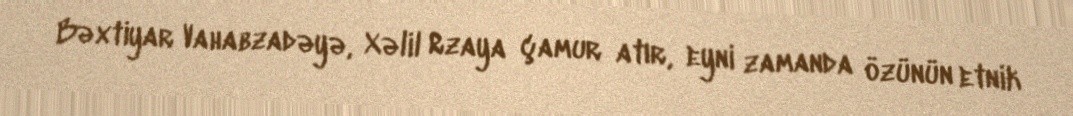
Bəxtiyar Vahabzadəyə, Xəlil Rzaya çamur atır, eyni zamanda özünün etnik